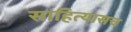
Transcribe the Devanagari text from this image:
साहित्यासच